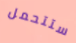
ستتحمل